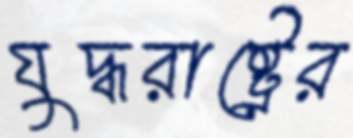
যুদ্ধরাষ্ট্রের